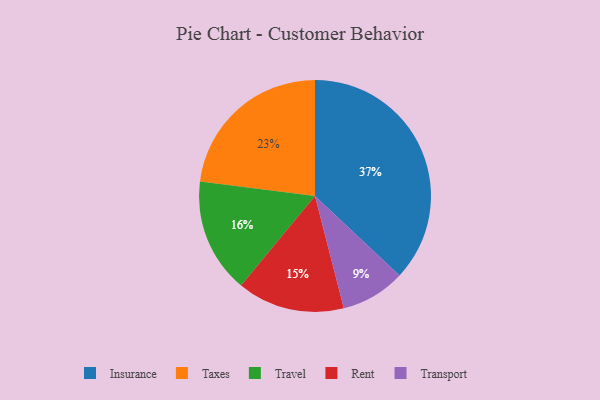
{"axis": {"x": "Category", "y": "Percentage"}, "legend": ["Insurance", "Rent", "Taxes", "Transport", "Travel"], "data": [{"x": "Travel", "y": 16, "type": "Travel"}, {"x": "Rent", "y": 15, "type": "Rent"}, {"x": "Taxes", "y": 23, "type": "Taxes"}, {"x": "Transport", "y": 9, "type": "Transport"}, {"x": "Insurance", "y": 37, "type": "Insurance"}]}